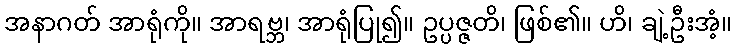
အနာဂတ် အာရုံကို။ အာရဗ္ဘ၊ အာရုံပြု၍။ ဥပ္ပဇ္ဇတိ၊ ဖြစ်၏။ ဟိ၊ ချဲ့ဦးအံ့။